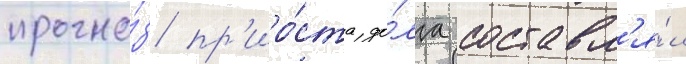
прогно́з пр'иро́ста до́лга составл'я́л